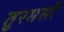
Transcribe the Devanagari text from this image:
तुरमसी